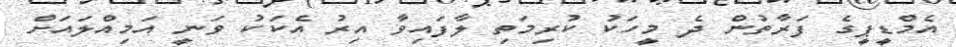
އެމްޑީޕީގެ ފަރާތުން ދެ މީހަކު ކުރިމަތި ލާފައިވާ އިރު އެކަކު ވަނީ އަމިއްލައަށް